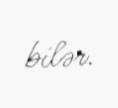
bilər.